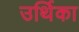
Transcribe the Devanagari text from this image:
उर्थिका